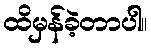
ထိမှန်ခဲ့တာပါ။